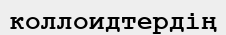
коллоидтердің